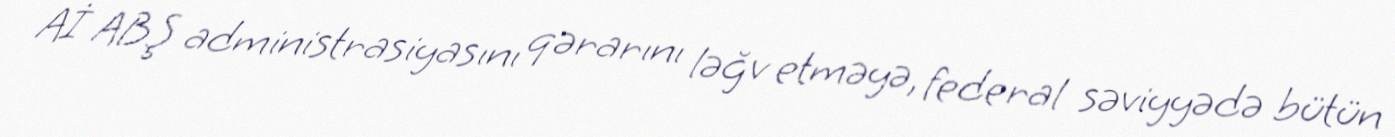
Aİ ABŞ administrasiyasını qərarını ləğv etməyə, federal səviyyədə bütün